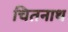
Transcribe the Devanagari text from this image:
चितनाथ